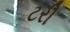
ટરી